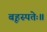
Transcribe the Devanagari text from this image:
बृहस्पतेः॥